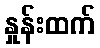
နှုန်းထက်